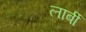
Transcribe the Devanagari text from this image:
लार्बी